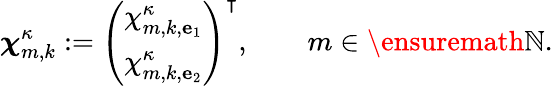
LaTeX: {\boldsymbol{\chi}}_{m,k}^{\kappa}:=\left(\begin{array}{l}{\chi_{m,k,{\mathbf{e}}_{1}}^{\kappa}}\\ {\chi_{m,k,{\mathbf{e}}_{2}}^{\kappa}}\end{array}\right)^{\intercal},\qquad m\in\ensuremath{\mathbb{N}}.